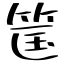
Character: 筺